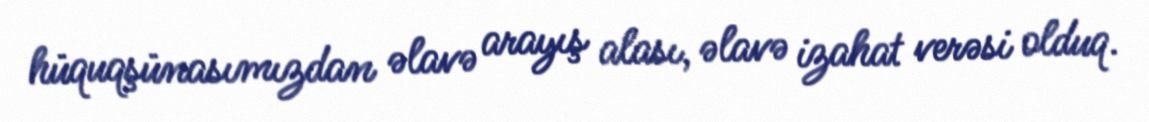
hüquqşünasımızdan əlavə arayış alası, əlavə izahat verəsi olduq.